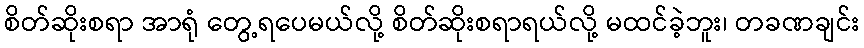
စိတ်ဆိုးစရာ အာရုံ တွေ့ရပေမယ်လို့ စိတ်ဆိုးစရာရယ်လို့ မထင်ခဲ့ဘူး၊ တခဏချင်း